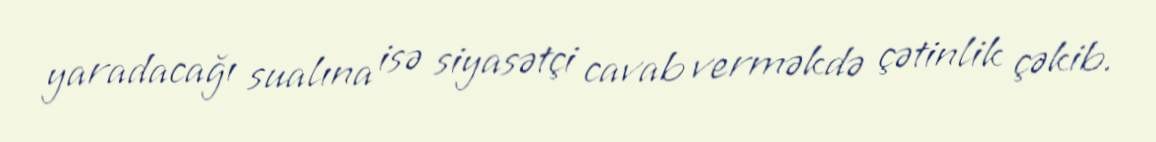
yaradacağı sualına isə siyasətçi cavab verməkdə çətinlik çəkib.